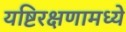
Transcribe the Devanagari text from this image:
यष्टिरक्षणामध्ये